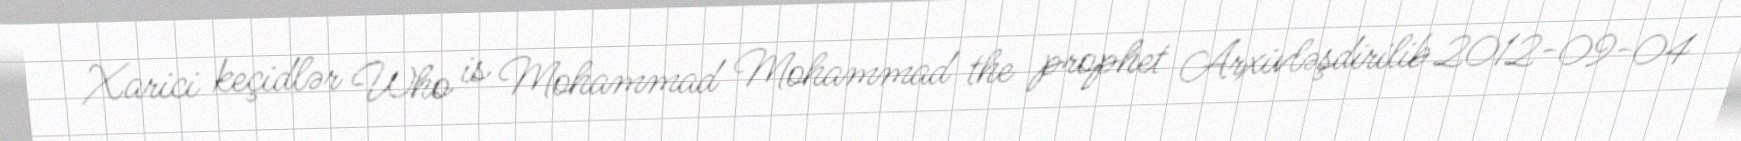
Xarici keçidlər Who is Mohammad Mohammad the prophet Arxivləşdirilib 2012-09-04